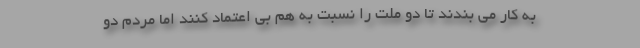
به کار می بندند تا دو ملت را نسبت به هم بی اعتماد کنند اما مردم دو